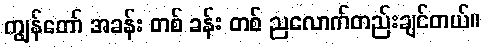
ကျွန်တော် အခန်း တစ် ခန်း တစ် ညလောက်တည်းချင်တယ်။